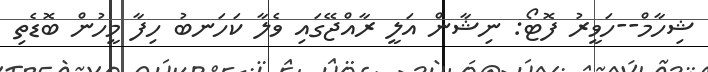
ޝިހާމް--ހަވީރު ފޮޓޯ: ނިޝާން އަލީ ރާއްޖޭގައި ވެލާ ކަހަނބު ހިފާ މީހުން ބޮޑެތި